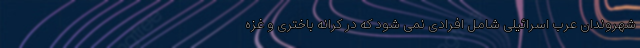
شهروندان عرب اسرائیلی شامل افرادی نمی شود که در کرانه باختری و غزه